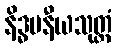
နိဒ္ဓမနီယသုတ္တံ